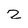
Character: 2